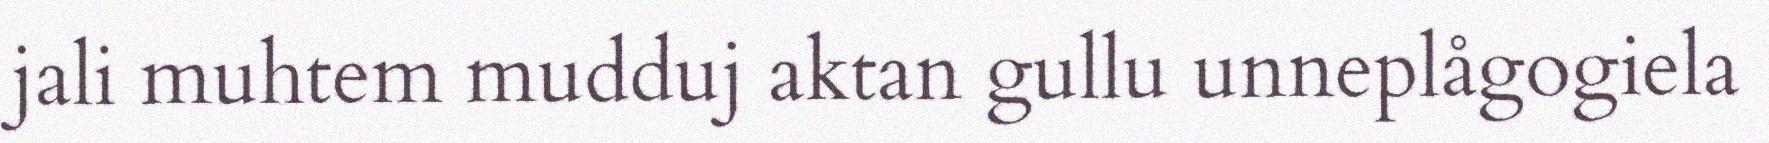
jali muhtem mudduj aktan gullu unneplågogiela